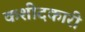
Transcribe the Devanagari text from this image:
कशीदकारी